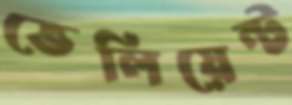
ভেলিয়েন্ট